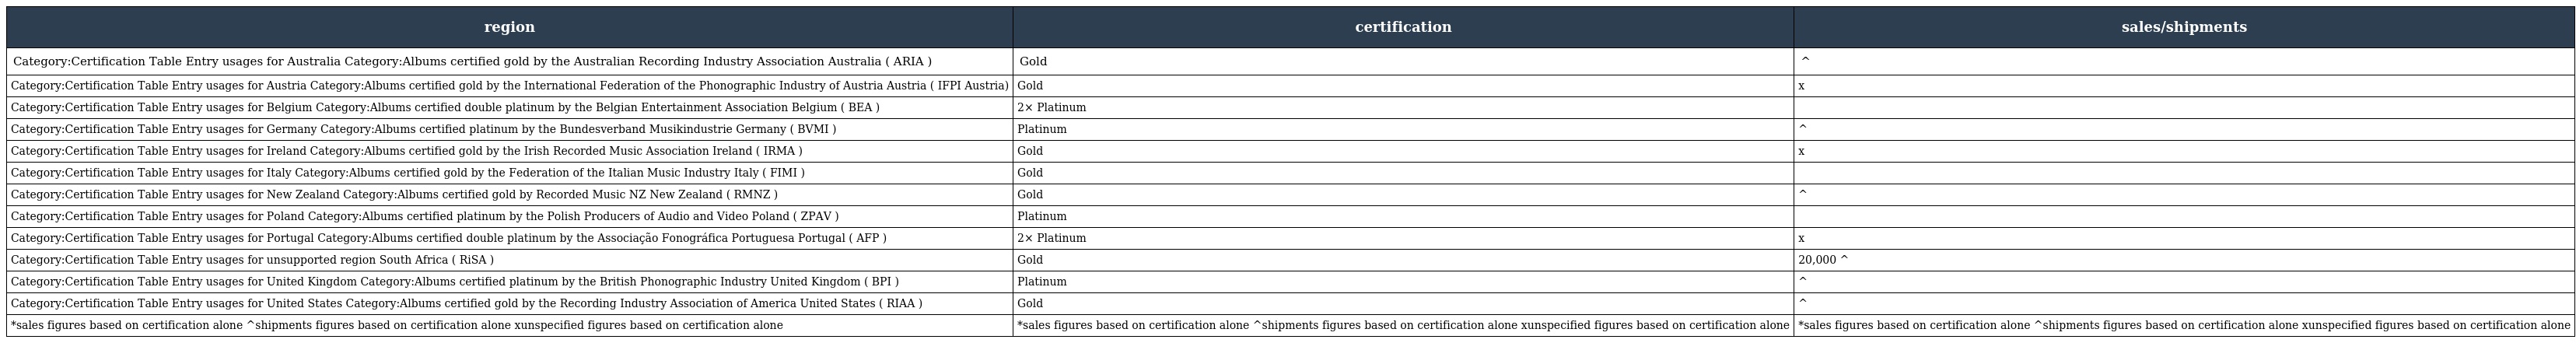
| region | certification | sales/shipments |
 | --- | --- | --- |
 | Category:Certification Table Entry usages for Australia Category:Albums certified gold by the Australian Recording Industry Association Australia ( ARIA ) | Gold | ^ |
 | Category:Certification Table Entry usages for Austria Category:Albums certified gold by the International Federation of the Phonographic Industry of Austria Austria ( IFPI Austria) | Gold | x |
 | Category:Certification Table Entry usages for Belgium Category:Albums certified double platinum by the Belgian Entertainment Association Belgium ( BEA ) | 2× Platinum |  |
 | Category:Certification Table Entry usages for Germany Category:Albums certified platinum by the Bundesverband Musikindustrie Germany ( BVMI ) | Platinum | ^ |
 | Category:Certification Table Entry usages for Ireland Category:Albums certified gold by the Irish Recorded Music Association Ireland ( IRMA ) | Gold | x |
 | Category:Certification Table Entry usages for Italy Category:Albums certified gold by the Federation of the Italian Music Industry Italy ( FIMI ) | Gold |  |
 | Category:Certification Table Entry usages for New Zealand Category:Albums certified gold by Recorded Music NZ New Zealand ( RMNZ ) | Gold | ^ |
 | Category:Certification Table Entry usages for Poland Category:Albums certified platinum by the Polish Producers of Audio and Video Poland ( ZPAV ) | Platinum |  |
 | Category:Certification Table Entry usages for Portugal Category:Albums certified double platinum by the Associação Fonográfica Portuguesa Portugal ( AFP ) | 2× Platinum | x |
 | Category:Certification Table Entry usages for unsupported region South Africa ( RiSA ) | Gold | 20,000 ^ |
 | Category:Certification Table Entry usages for United Kingdom Category:Albums certified platinum by the British Phonographic Industry United Kingdom ( BPI ) | Platinum | ^ |
 | Category:Certification Table Entry usages for United States Category:Albums certified gold by the Recording Industry Association of America United States ( RIAA ) | Gold | ^ |
 | *sales figures based on certification alone ^shipments figures based on certification alone xunspecified figures based on certification alone | *sales figures based on certification alone ^shipments figures based on certification alone xunspecified figures based on certification alone | *sales figures based on certification alone ^shipments figures based on certification alone xunspecified figures based on certification alone |